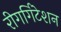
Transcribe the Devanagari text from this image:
रीगर्गिटेशन